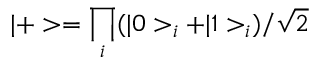
| + > = \prod _ { i } ( | 0 > _ { i } + | 1 > _ { i } ) / \sqrt { 2 }